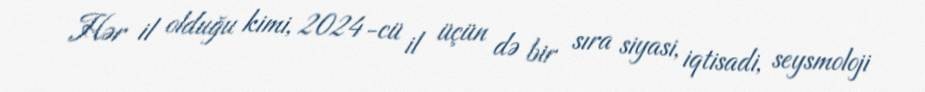
Hər il olduğu kimi, 2024-cü il üçün də bir sıra siyasi, iqtisadi, seysmoloji